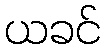
ယခင်